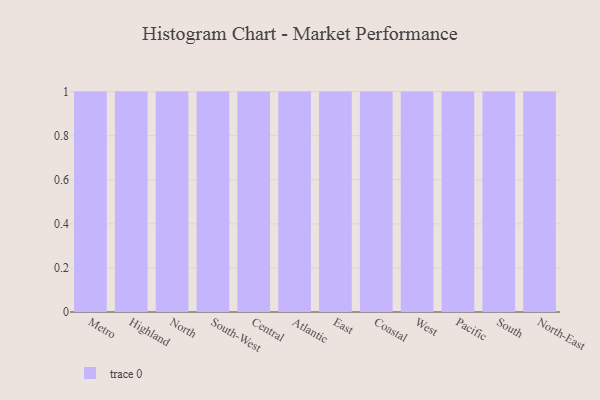
{"axis": {"x": "Region", "y": "Production Output"}, "legend": [""], "data": [{"x": "Metro", "y": 79, "type": ""}, {"x": "Highland", "y": 80, "type": ""}, {"x": "North", "y": 8, "type": ""}, {"x": "South-West", "y": 15, "type": ""}, {"x": "Central", "y": 16, "type": ""}, {"x": "Atlantic", "y": 67, "type": ""}, {"x": "East", "y": 79, "type": ""}, {"x": "Coastal", "y": 46, "type": ""}, {"x": "West", "y": 59, "type": ""}, {"x": "Pacific", "y": 65, "type": ""}, {"x": "South", "y": 96, "type": ""}, {"x": "North-East", "y": 31, "type": ""}]}